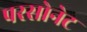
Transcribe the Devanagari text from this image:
परसोनेट